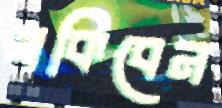
থকিবেন